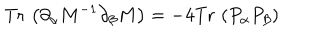
LaTeX: \mathrm { T r } \, \left( \partial _ { \alpha } M ^ { - 1 } \partial _ { \beta } M \right) = - 4 \mathrm { T r } \, \left( P _ { \alpha } P _ { \beta } \right)